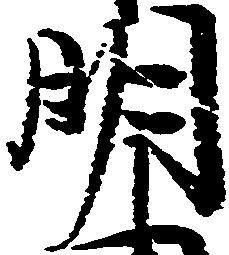
明